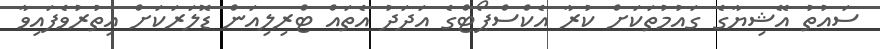
ސައުތު އޭޝިޔާގެ ގައުމުތަކަށް ކުރާ އެކްސްޕޯޓްގެ އަދަދު އެތައް ޓްރިލިއަން ޑޮލަރަކަށް އިތުރުވެފައިވާ